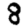
Digit: 8